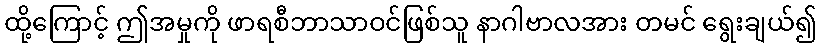
ထို့ကြောင့် ဤအမှုကို ဖာရစီဘာသာဝင်ဖြစ်သူ နာဂါဗာလအား တမင် ရွေးချယ်၍